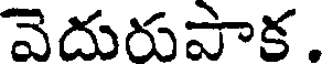
వెదురుపాక.